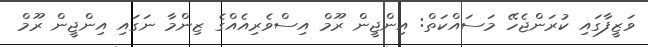
ވަޒީފާގައި ކުރަންޖެހޭ މަސައްކަތް: އިންޖީން ރޫމް އިސްވެރިއެއްގެ ޒިންމާ ނަގައި އިންޖީން ރޫމް